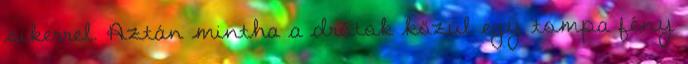
sikerrel. Aztán mintha a drótok közül egy tompa fény